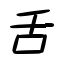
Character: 舌